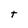
Character: t